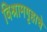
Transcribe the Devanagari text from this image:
विश्रामगृहाचे